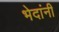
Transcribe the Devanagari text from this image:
भेदांनी